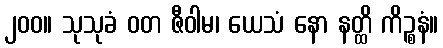
၂၀၀။ သုသုခံ ဝတ ဇီဝါမ၊ ယေသံ နော နတ္ထိ ကိဉ္စနံ။